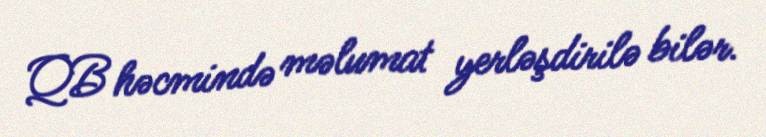
QB həcmində məlumat yerləşdirilə bilər.